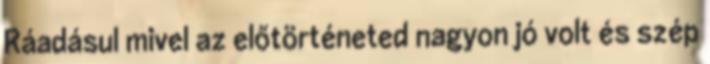
Ráadásul mivel az előtörténeted nagyon jó volt és szép